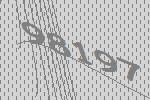
98197